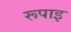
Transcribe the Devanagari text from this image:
रूपाइ